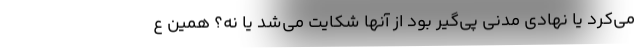
می‌کرد یا نهادی مدنی پی‌گیر بود از آنها شکایت می‌شد یا نه؟ همین ع